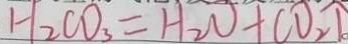
H _ { 2 } C O _ { 3 } = H _ { 2 } O + C O _ { 2 } \uparrow